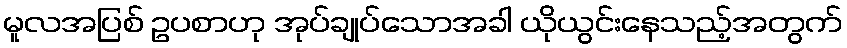
မူလအပြစ် ဥပစာဟု အုပ်ချုပ်သောအခါ ယိုယွင်းနေသည့်အတွက်